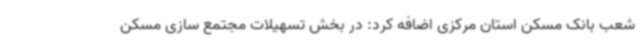
شعب بانک مسکن استان مرکزی اضافه کرد: در بخش تسهیلات مجتمع سازی مسکن